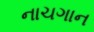
નાચગાન